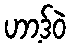
ဟာ့ဒ်ဝဲ